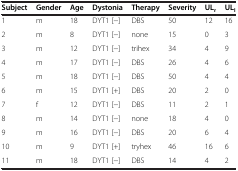
<table><thead><tr><td><b>Subject</b></td><td><b>Gender</b></td><td><b>Age</b></td><td><b>Dystonia</b></td><td><b>Therapy</b></td><td><b>Severity</b></td><td><b>UL<sub>r</sub></b></td><td><b>UL<sub>l</sub></b></td></tr></thead><tbody><tr><td>1</td><td>m</td><td>18</td><td>DYT1 [−]</td><td>DBS</td><td>50</td><td>12</td><td>16</td></tr><tr><td>2</td><td>m</td><td>8</td><td>DYT1 [−]</td><td>none</td><td>15</td><td>0</td><td>3</td></tr><tr><td>3</td><td>m</td><td>12</td><td>DYT1 [−]</td><td>trihex</td><td>34</td><td>4</td><td>9</td></tr><tr><td>4</td><td>m</td><td>17</td><td>DYT1 [−]</td><td>DBS</td><td>26</td><td>4</td><td>6</td></tr><tr><td>5</td><td>m</td><td>18</td><td>DYT1 [−]</td><td>DBS</td><td>50</td><td>4</td><td>4</td></tr><tr><td>6</td><td>m</td><td>15</td><td>DYT1 [+]</td><td>DBS</td><td>20</td><td>2</td><td>0</td></tr><tr><td>7</td><td>f</td><td>12</td><td>DYT1 [−]</td><td>DBS</td><td>11</td><td>2</td><td>1</td></tr><tr><td>8</td><td>m</td><td>14</td><td>DYT1 [−]</td><td>none</td><td>18</td><td>4</td><td>0</td></tr><tr><td>9</td><td>m</td><td>16</td><td>DYT1 [−]</td><td>DBS</td><td>20</td><td>6</td><td>4</td></tr><tr><td>10</td><td>m</td><td>9</td><td>DYT1 [+]</td><td>tryhex</td><td>46</td><td>16</td><td>6</td></tr><tr><td>11</td><td>m</td><td>18</td><td>DYT1 [−]</td><td>DBS</td><td>14</td><td>4</td><td>2</td></tr></tbody></table>